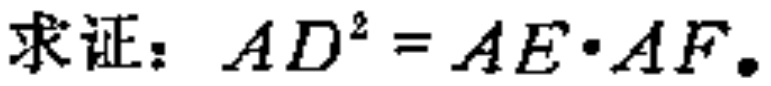
求证：\(AD^{2}=AE\cdot AF\)。